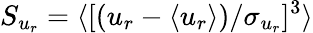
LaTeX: S_{u_{r}}=\langle[(u_{r}-\langle u_{r}\rangle)/\sigma_{u_{r}}]^{3}\rangle